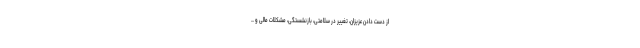
از دست دادن عزیزان، تغییر در سلامتی، بازنشستگی، مشکلات مالی و ...